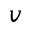
v